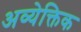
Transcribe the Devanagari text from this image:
अव्येक्तिक